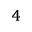
_ 4